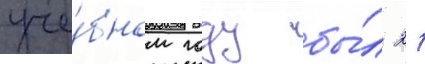
уче́бном году бы́л 21